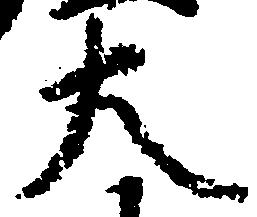
大